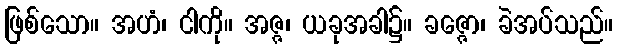
ဖြစ်သော။ အဟံ၊ ငါကို။ အဇ္ဇ၊ ယခုအခါ၌။ ခဇ္ဇော၊ ခဲအပ်သည်။